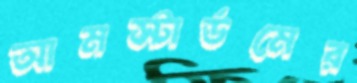
আমস্টার্ডমের